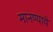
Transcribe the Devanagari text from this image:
मानण्याचे